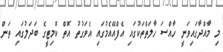
މި މާއްދާގައިވަނީ ހާއްސަ ހާލަތްތަކުގައި އެފްއޭއެމުގައި އެވަގުތު އޮތް ކޮމިޓީގެ ބަދަލުގައި ތަން